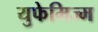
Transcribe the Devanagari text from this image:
युफेमिज्म